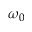
\omega _ { 0 }